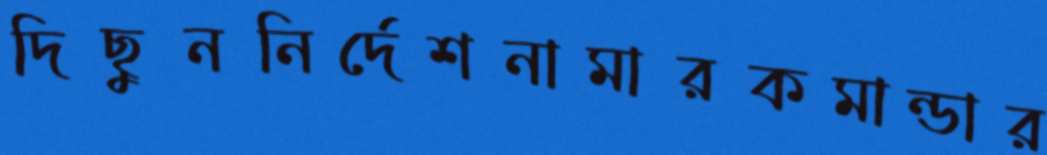
দিছুননির্দেশনামারকমান্ডার